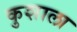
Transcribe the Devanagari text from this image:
कुशाला